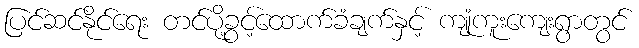
ပြင်ဆင်နိုင်ရေး တင်ပို့ခွင့်ထောက်ခံချက်နှင့် ကျုံကူးကျေးရွာတွင်